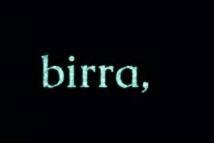
birra,